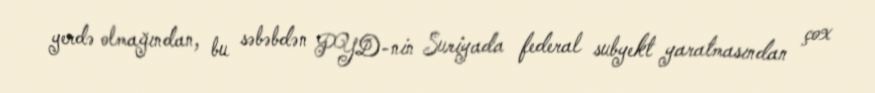
yerdə olmağından, bu səbəbdən PYD-nin Suriyada federal subyekt yaratmasından çox